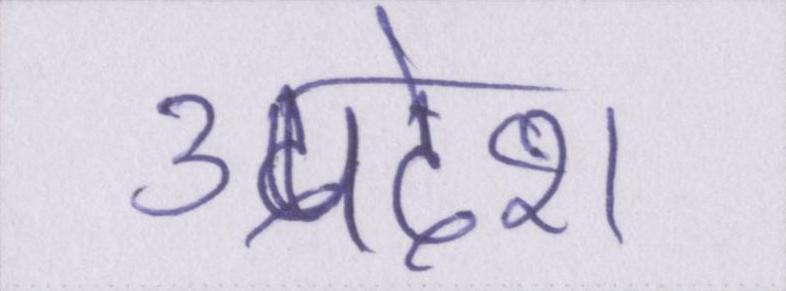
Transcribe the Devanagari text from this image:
उपदेश